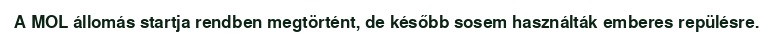
A MOL állomás startja rendben megtörtént, de később sosem használták emberes repülésre.